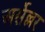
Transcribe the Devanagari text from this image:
अर्सेल्लर